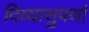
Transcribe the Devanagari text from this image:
दिव्यासुपर्णा